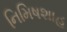
નિમિષશાહ